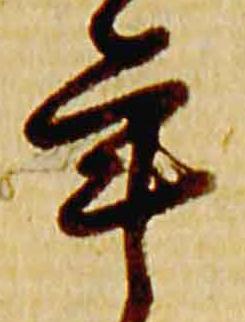
年